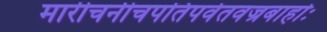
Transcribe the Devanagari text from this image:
मारीचनीचपतिपर्वतवज्रबाहोः